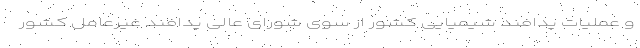
و عملیات پدافند شیمیایی کشور از سوی شورای عالی پدافند غیرعامل کشور